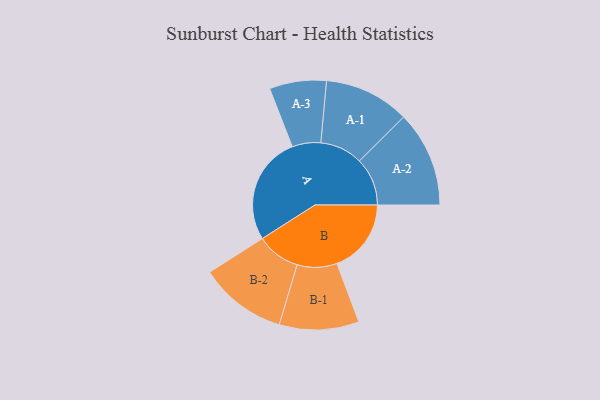
{"axis": {"x": "Segment", "y": "Value"}, "legend": ["", "A", "B"], "data": [{"x": "A", "y": 411, "type": ""}, {"x": "B", "y": 282, "type": ""}, {"x": "A-1", "y": 162, "type": "A"}, {"x": "A-2", "y": 182, "type": "A"}, {"x": "A-3", "y": 108, "type": "A"}, {"x": "B-1", "y": 151, "type": "B"}, {"x": "B-2", "y": 166, "type": "B"}]}